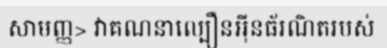
សាមញ្ញ> វាគណនាល្បឿនអ៊ីនធ័រណិតរបស់